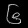
Digit: ၆